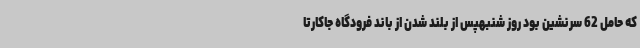
که حامل 62 سرنشین بود روز شنبهپس از بلند شدن از باند فرودگاه جاکارتا